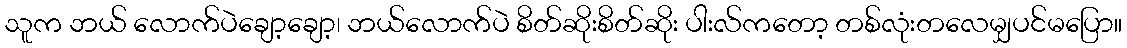
သူက ဘယ် လောက်ပဲချော့ချော့၊ ဘယ်လောက်ပဲ စိတ်ဆိုးစိတ်ဆိုး ပါးလ်ကတော့ တစ်လုံးတလေမျှပင်မပြော။